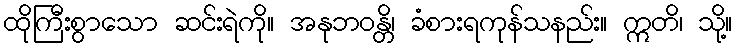
ထိုကြီးစွာသော ဆင်းရဲကို။ အနုဘဝန္တိ၊ ခံစားရကုန်သနည်း။ ဣတိ၊ သို့။